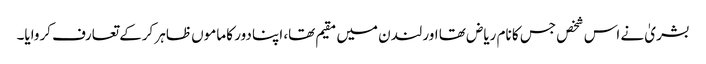
بشریٰ نے اس شخص جس کا نام ریاض تھا اور لندن میں مقیم تھا، اپنا دور کا ماموں ظاہر کرکے تعارف کروایا۔